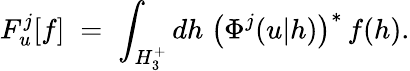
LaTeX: F_{u}^{j}[f]\; =\; \int_{H_{3}^{+}}dh\; \bigl(\Phi^{j}(u|h)\bigr)^{*}\, f(h).